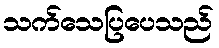
သက်သေပြပေသည်